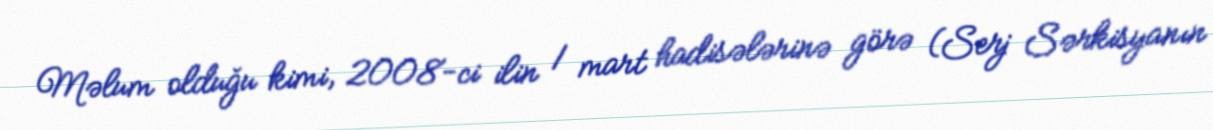
Məlum olduğu kimi, 2008-ci ilin 1 mart hadisələrinə görə (Serj Sərkisyanın